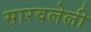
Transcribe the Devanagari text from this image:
सारवलेली